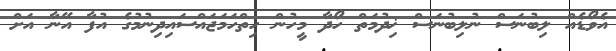
އެވޯޑެއް ލިބުނަސް ނުލިބުނަސް ޚިދުމަތް ހޯދާ މީހުން ހިތްހަމަޖައްސައިދިނުމުގެ އުފާ އޭނާ އަށް